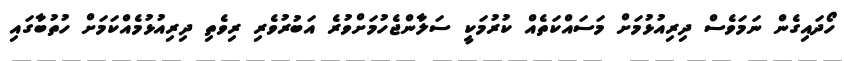
ހޯދައިގެން ނަމަވެސް ދިރިއުޅުމަށް މަސައްކަތެއް ކުރުމަކީ ސަލާންޖެހުމަށްވުރެ އަބުރުވެރި ރިވެތި ދިރިިއުޅުމެއްކަމަށް ހުތުބާގައި